Vaccination Hyderabad 1890-1903 - 1890-1903
Year: 1890
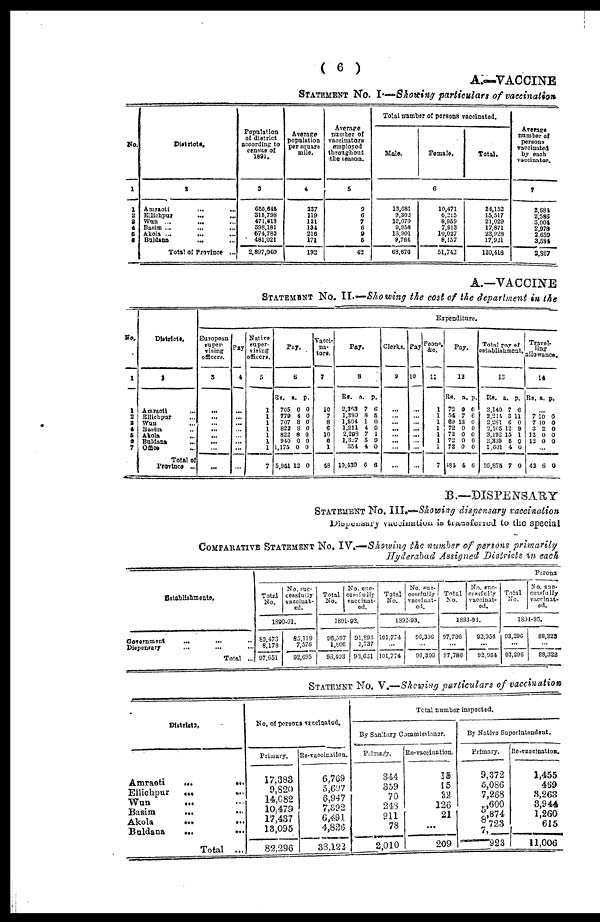
( 6 )
A.—VACCINE
STATEMENT No. I—Showing particulars of vaccination
No.
1
1
2
3
4
5
6
Districts.
2
Amraoti
...
...
Ellichpur
...
...
Wun ... ...
Basim ...
...
...
Akola ...
... ...
Buldana ... ...
Total of Province ...
Population
of district
according to
census of
1891.
3
655,646
315,798
471,613
398,181
574,782
481,021
2,897,040
Average
population
per square
mile.
4
237
119
121
134
216
171
192
Average
number of
vaccinators
employed
throughout
the season.
5
9
6
7
6
9
5
42
Total number of persons vaccinated.
Male.
Female.
Total.
6
13,681
9,302
12,070
9,958
13,901
9,764
68,676
10,471
6,215
8,959
7,913 10,027
8,157
51,742
24,152
15,517
21,029
17,871 23,928
17,921
120,418
Average
number of
persons
vaccinated
by each
vaccinator.
7
2,681
2,586
3,004
2,978 2,978
3,534
2,867
A.—VACCINE
STATEMENT No. II.—Showing the cost of the department in the
No.
1
1
2
3
4
5
6
7
Districts.
2
Amraoti ...
Ellichpur ...
Wun ...
Basim ...
Akola ...
Buldana ...
Office ...
Total of
Province ...
Expenditure.
European
super-
vising
officers.
3
...
...
...
...
...
...
...
...
Pay
4
...
...
...
...
...
...
...
...
Native
super-
vising
officers.
5
1
1
1
1
1
1
1
7
Pay.
6
Rs.
705
779
707
822
822
940
1,175
5,951
a.
0
4
8
8
8
0
0
12
p.
0
0
0
0
0
0
0
0
Vacci-
na-
tors.
7
10
7
8
6
10
6
1
48
Pay.
8
Re.
2,363
1,380
1,504
1,211
2,298
1,327
354
10,439
a.
7
8
1
4
7
5
4
6
p.
6
5
0
9
1
9
0
6
Clerks.
9
...
...
...
...
...
...
...
...
Pay
10
...
...
...
...
...
...
...
...
Peons,
&c.
11
1
1
1
1
1
1
1
7
Pay.
12
Rs.
73
54
69
72
72
72
72
184
a.
0
7
13
0
0
0
0
4
p.
0
6
0
0
0
0
0
6
Total pay of
establishment.
13
Rs.
3,140
2,214
2,281
2,105
3,192
2,339
1,601
16,875
a.
7
3
6
12
15
5
4
7
p.
6
11
0
9
1
9
0
0
Travel-
ling
allowance.
14
Rs. a. p.
...
7
7
3
12
12
10 10
2
0 0
0
0 0
0 0
...
42 6 0
B.—DISPENSARY
STATEMENT No.III.—Showing dispensary vaccination
Dispensary vaccination is transferred to the special
COMPARATIVE STATEMENT No. IV.—Showing the number of persons primarily
Hyderabad Assigned Districts in each
Establishmente.
Government ... ... ...
Dispensary
...
...
...
Total ...
Perons
Total
No.
No. suc-
cessfully
vaccinat-
ed.
1890-91.
89,473
8,178
97,651
85,119
7,576
92,695
Total
No.
No. suc-
cessfully
vaccinat-
ed.
1891-92.
96,597
1,806
93,403
91,894
1,737
93,631
Total
No.
No. suc-
cesffully
vaccinat-
ed.
1892-93.
101,774
...
101,774
96,306
...
96,306
Total
No.
No. suc-
cessfully
vaccinat-
ed.
1893-91.
97,786
...
97,786
92,954
...
92,954
Total
No.
No. suc-
cessfully
vaccinat-
ed.
1894-95.
93,296
...
93,296
88,322
...
88,322
STATEMNT No. V.—Showing particulars of vaccination
Districts.
Amraoti ... ...
Ellichpur ... ...
Wun
...
...
Basim ... ...
Akola
...
...
Buldana ... ...
Total ...
No. of persons vaccinated.
Primary.
17,383
9,820
14,082
10,479
17,437
13,095
82,296
Re-vaccination.
6,769
5,697
6,947
7,392
6,491
4,826
38,122
Total number inspected.
By Sanitary Commissioner.
Primary.
34.4
359
70
248
911
78
2,010
Re-vaccination.
15
15
32
126
21
...
209
By Native Superintendent.
Primary.
9,372
5,086
7,268
5,600
8,874
7,723
—923
Re-vaccination.
1,455
469
3,263
1,260
1,260
615
11,006